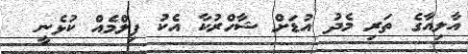
އާލިއާގެ ތަރި މެދު އުޑަށް ޝާހްރުކާ އެކު ފިލްމެއް ކުޅެނީ